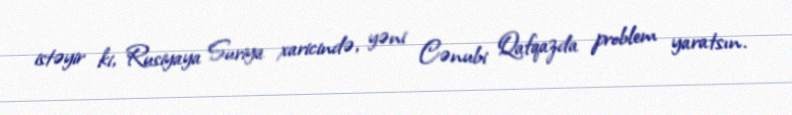
istəyir ki, Rusiyaya Suriya xaricində, yəni Cənubi Qafqazda problem yaratsın.